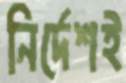
নির্দেশই